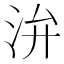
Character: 㳎